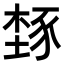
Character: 𬤾